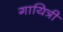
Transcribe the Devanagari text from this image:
गायित्री